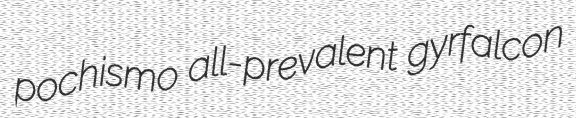
pochismo all-prevalent gyrfalcon